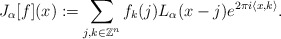
\begin{align*}J_{\alpha}[f](x):= \sum_{j,k\in\mathbb{Z}^n}f_{k}(j)L_{\alpha}(x-j)e^{2\pi i \langle x,k \rangle }.\end{align*}